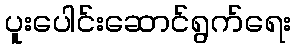
ပူးပေါင်းဆောင်ရွက်ရေး